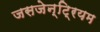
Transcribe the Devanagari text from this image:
जसजेन्टि्रयम